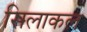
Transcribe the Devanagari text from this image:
सिलाकल